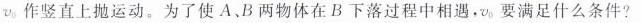
v_{0}作竖直上抛运动。为了使A、B两物体在B下落过程中相遇，v_{0}要满足什么条件？